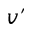
v ^ { \prime }